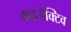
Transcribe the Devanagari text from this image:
बाइजेक्टिव